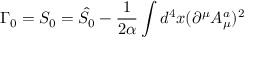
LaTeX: \Gamma _ { 0 } = S _ { 0 } = \hat { S } _ { 0 } - \frac 1 { 2 \alpha } \int d ^ { 4 } x ( \partial ^ { \mu } A _ { \mu } ^ { a } ) ^ { 2 }